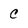
Character: C